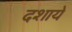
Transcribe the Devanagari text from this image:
दशाये